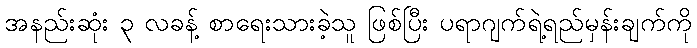
အနည်းဆုံး ၃ လခန့် စာရေးသားခဲ့သူ ဖြစ်ပြီး ပရာဂျက်ရဲ့ရည်မှန်းချက်ကို